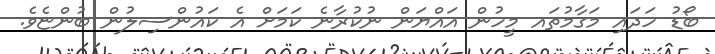
ބޯޑު ހަދައި މަގާމުތައ މީހުން އައްޔަން ނުކުރާނެ ކަމަށް އެ ކައުންސިލުން ބުންޏެވެ.